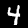
Digit: 4